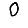
Digit: 0